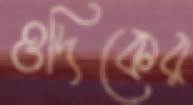
ওদিকের